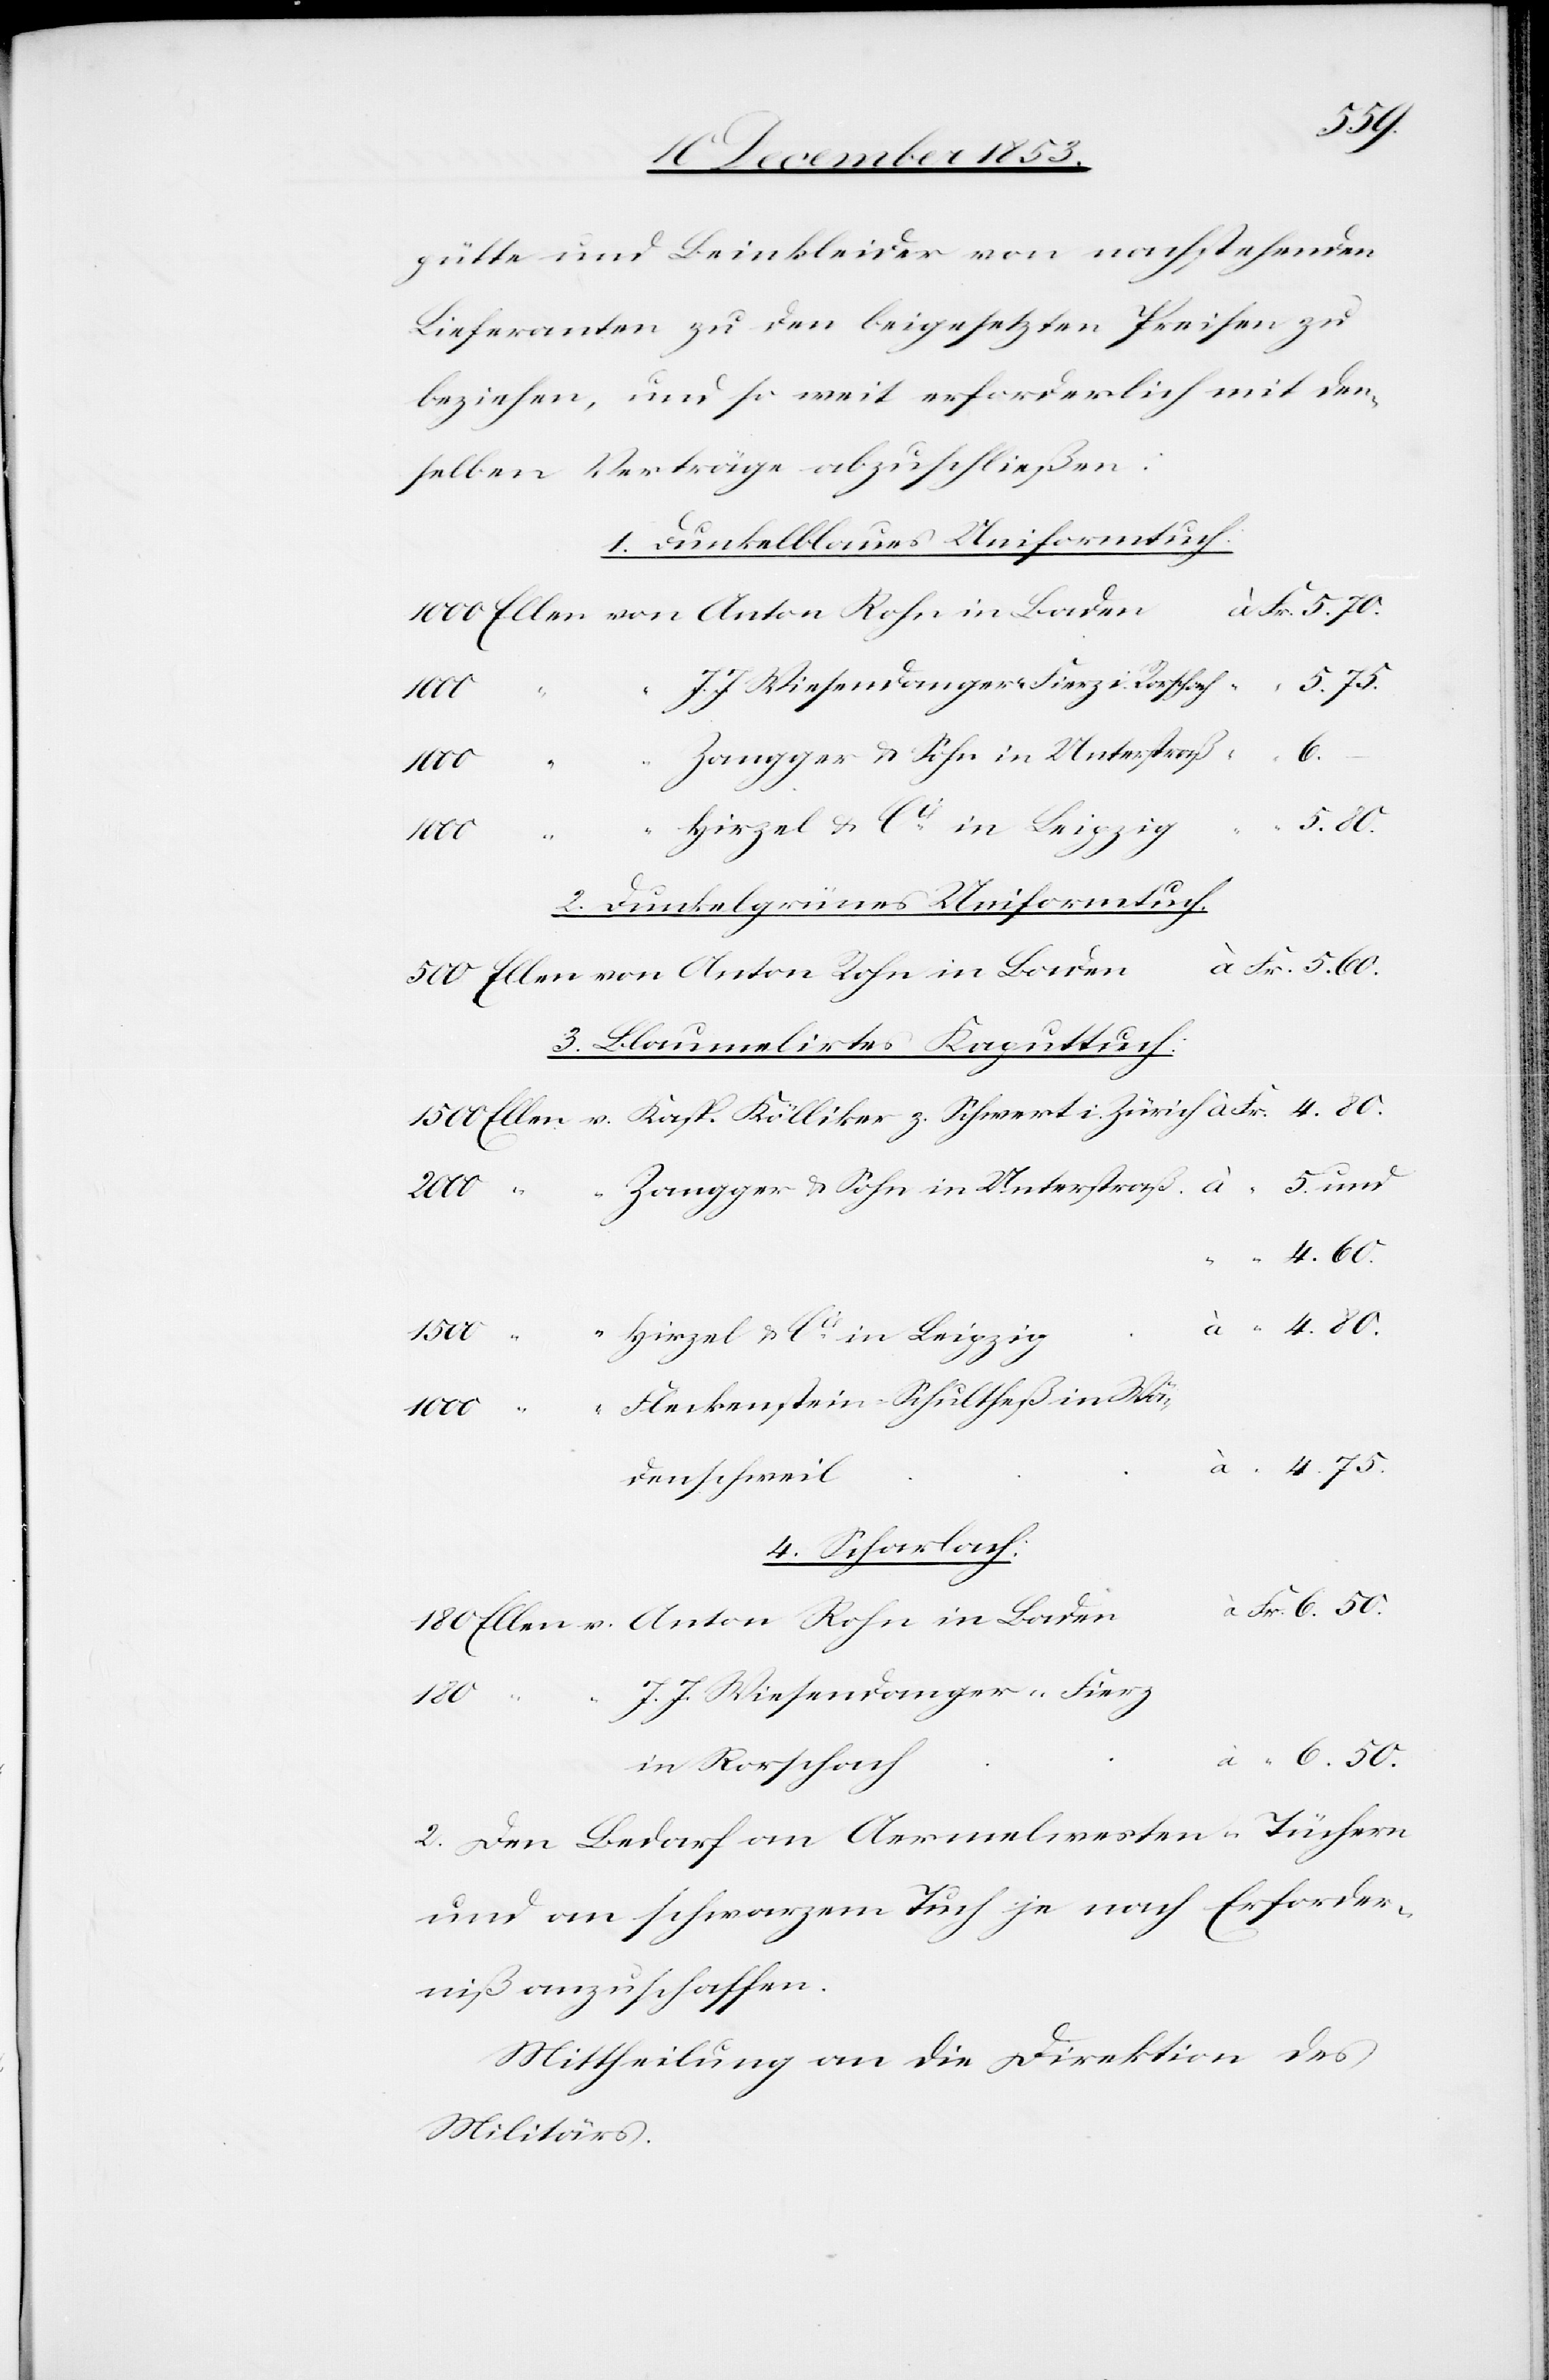
pütte und Beinkleider von nachstehenden
Lieferanten zu dem beigesetzten Preisen zu
beziehen, und so weit erforderlich mit den¬
selben Verträge abzuschließen:
1. Dunkelblaues Uniformtuch.
Fr. 5.60.
1000 Ellen von Anton Rohn in Bade¬
u.
4.75.
Zangger u. Sohn in Unterstraß
4.80.
2.
Dunkelgrünes Uniformtuch.
500 Ellen von Anton Rohn in
3. Blaumelirtes Kaputtuch.
1500 Ellen v. Kasp. Kölliker z. Schwert i. Zürich 				à Fr.
1500
Fleckenstein in Schultheß in
n					à
4. Scharlach:
Fr. 6.50.
J. J. Wiesendanger-Fierz
6.50.
2. Den Bedarf an Aermelwesten-Tüchern
und an schwarzem Tuch je nach Erforder¬
niß anzuschaffen.
Mittheilung an die Direktion des
Militärs.